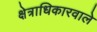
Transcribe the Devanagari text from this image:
क्षेत्राधिकारवाले